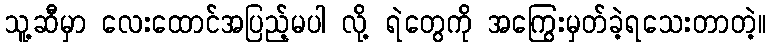
သူ့ဆီမှာ လေးထောင်အပြည့်မပါ လို့ ရဲတွေကို အကြွေးမှတ်ခဲ့ရသေးတာတဲ့။